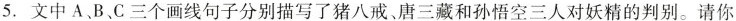
5. 文中A、B、C三个画线句子分别描写了猪八戒、唐三藏和孙悟空三人对妖精的判别。请你